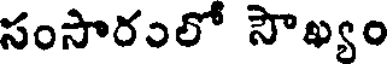
సంసారంలో సౌఖ్యం